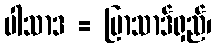
ပါသာဒ = ပြာသာဒ်ရှည်၊